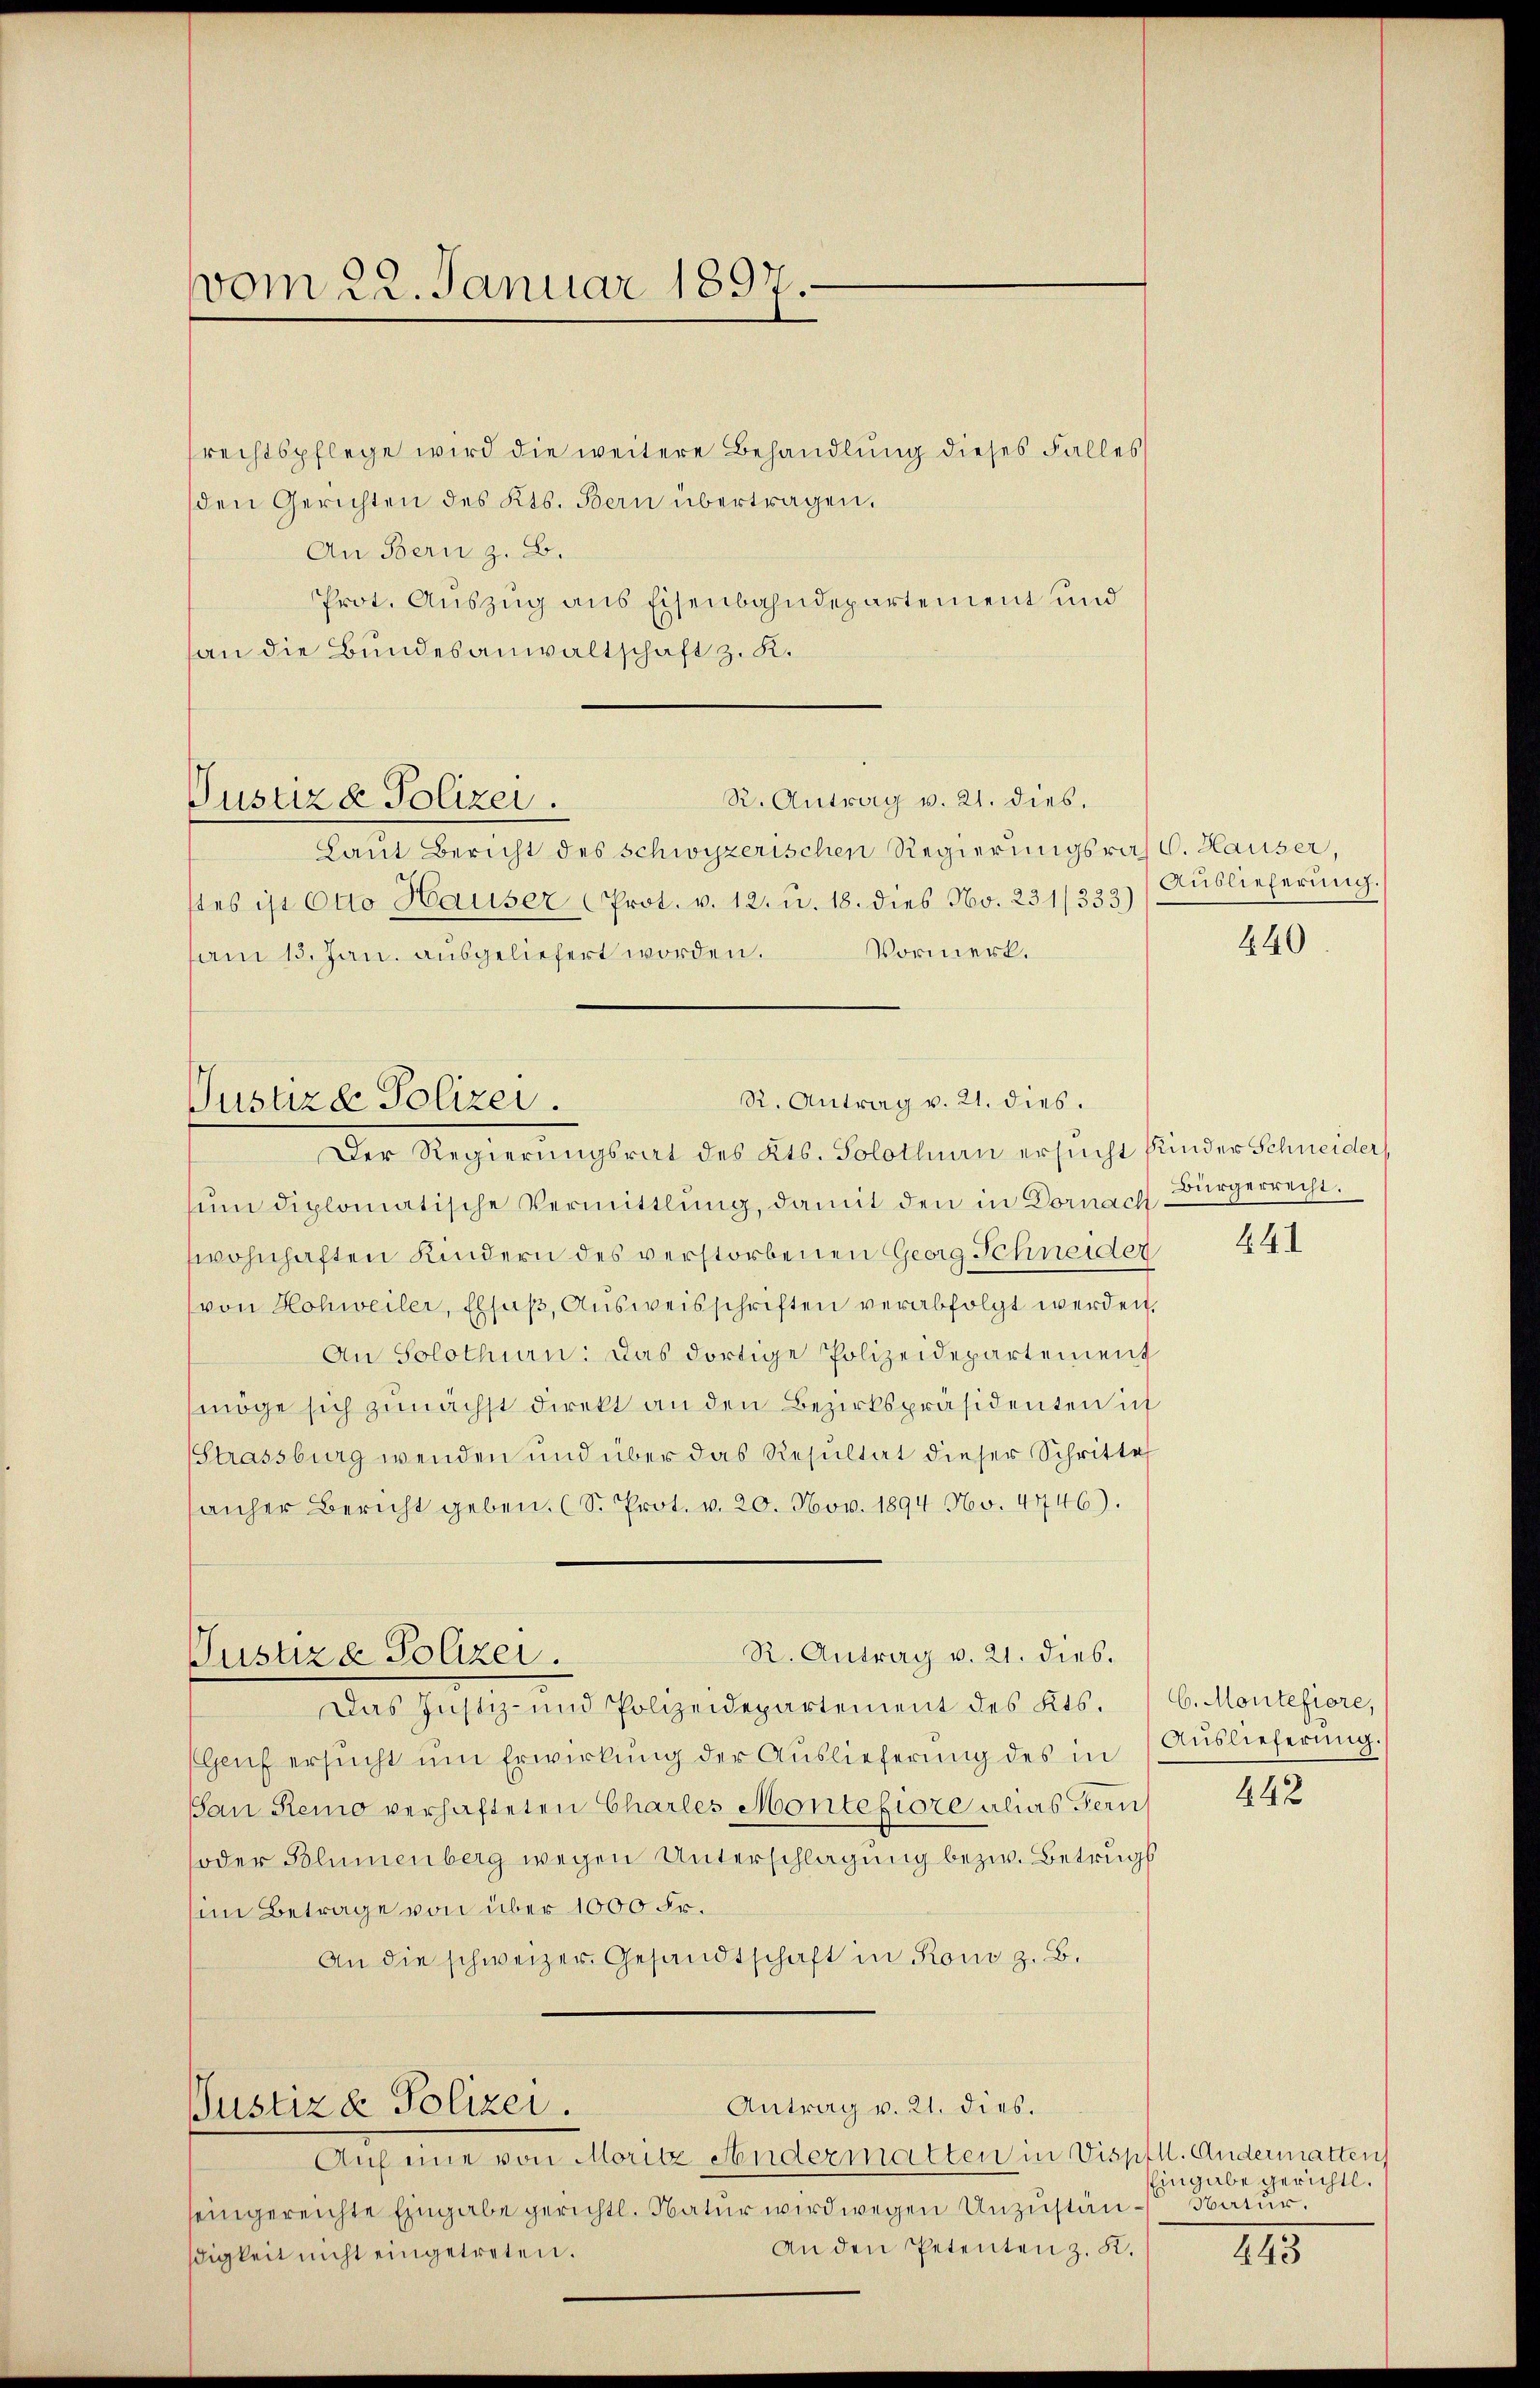
rechtspflege wird die weitere Behandlung dieses Falles
(den Gerichten des Kts. Bern übertragen.
An Bern z. B.
Prot. Auszug aus Eisenbahndepartement und
an die Bundesanwaltschaft z. K.
R. Antrag v. 21. dies,
Pustiz & Polizei.
Laut Bericht des schwyzerischen Regierungsraht. Hauser,
stes ist Otto Hauser Prot. v. 12. u. 18. dies No. 231/333)
Vormerk.
am 15. Jan. ausgeliefert worden.

vom 22. Januar 1897.

R. Antrag v. 21. dies.
Justizd Polizei.

Der Regierungsrat des Kts. Solothurn ersucht Kinder Schneider,
sum diplomatische Vermittlung, damit den in Dornach Bürgerrecht.
wohnhaften Kindern des verstorbenen Georg Schneiden
von Hohweiler, Elsaß, Ausweisschriften verabfolgt werden.
An Solothurn: Das dortige Polizeidepartement
möge sich zunächst direkt an den Bezirkspräsidenten in
(Strassburg wenden und über das Resultat dieser Schritte
sanher Bericht geben. (S. Prot. v. 20. Nov. 1894 No. 4746).
R. Antrag v. 21. dies.
Justiza Polizei.
Das Justiz- und Polizeidepartement des Kts. 16. Montefiore,
Genf ersŭcht ŭm Erwirkung der Auslieferung des in Auslieferung.
San Remo verhafteten Charles Montefiore alias Fern
oder Blumenberg wegen Unterschlagung bezw. Betrugs
im Betrage von über 1000 Fr.
An die schweizer. Gesandtschaft in Rom z. B.

Anfeine von Moritz Andermatten in Visptll. Andermatten
seingereichte Eingabe gerichtl. Natur wird wegen Unzustän-Natur.
An den Petenten z. K.
digkeit nicht eingetreten.

Antrag v. 21. dies.
Justiz & Polizei.

Auslieferung.

440

441

442

Eingabe gerichtl.

245